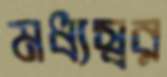
মধ্যস্বর